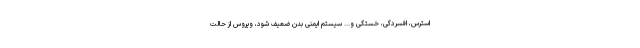
استرس، افسردگی، خستگی و... سیستم ایمنی بدن ضعیف شود، ویروس از حالت